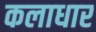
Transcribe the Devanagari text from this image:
कलाधार